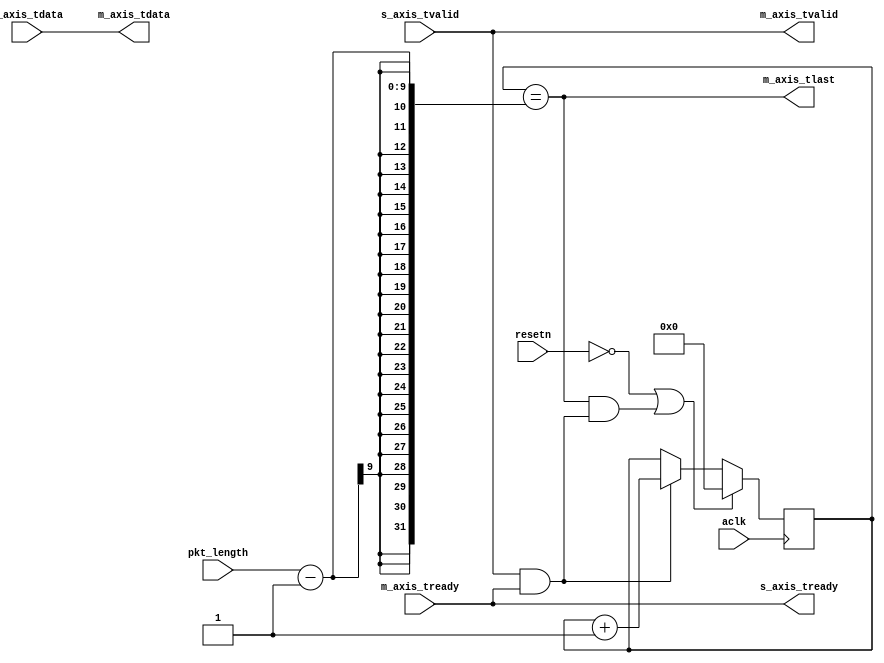
module tlast_gen
#(
    parameter TDATA_WIDTH    = 8,
    parameter MAX_PKT_LENGTH = 256
)
(
    input                            aclk,
    input                            resetn,
    input [$clog2(MAX_PKT_LENGTH):0] pkt_length,
    input                            s_axis_tvalid,
    output                           s_axis_tready,
    input  [TDATA_WIDTH-1:0]         s_axis_tdata,
    output                           m_axis_tvalid,
    input                            m_axis_tready,
    output                           m_axis_tlast,
    output [TDATA_WIDTH-1:0]         m_axis_tdata
);
    wire                           new_sample;
    reg [$clog2(MAX_PKT_LENGTH):0] cnt = 0;
    assign s_axis_tready = m_axis_tready;
    assign m_axis_tvalid = s_axis_tvalid;
    assign m_axis_tdata  = s_axis_tdata;
    assign new_sample = s_axis_tvalid & s_axis_tready;
    always @ (posedge aclk) begin
        if (~resetn | (m_axis_tlast & new_sample))
            cnt <= 0;
        else
            if (new_sample)
                cnt <= cnt + 1'b1;
    end
    assign m_axis_tlast = (cnt == pkt_length-1);
endmodule